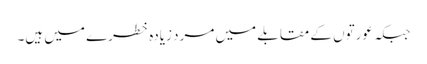
جبکہ عورتوں کے مقابلے میں مرد زیادہ خطرے میں ہیں۔